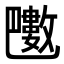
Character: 𣀟